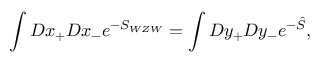
\int { \cal D } x _ { + } { \cal D } x _ { - } e ^ { - S _ { W Z W } } = \int { \cal D } y _ { + } { \cal D } y _ { - } e ^ { - \hat { S } } ,